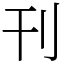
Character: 刊